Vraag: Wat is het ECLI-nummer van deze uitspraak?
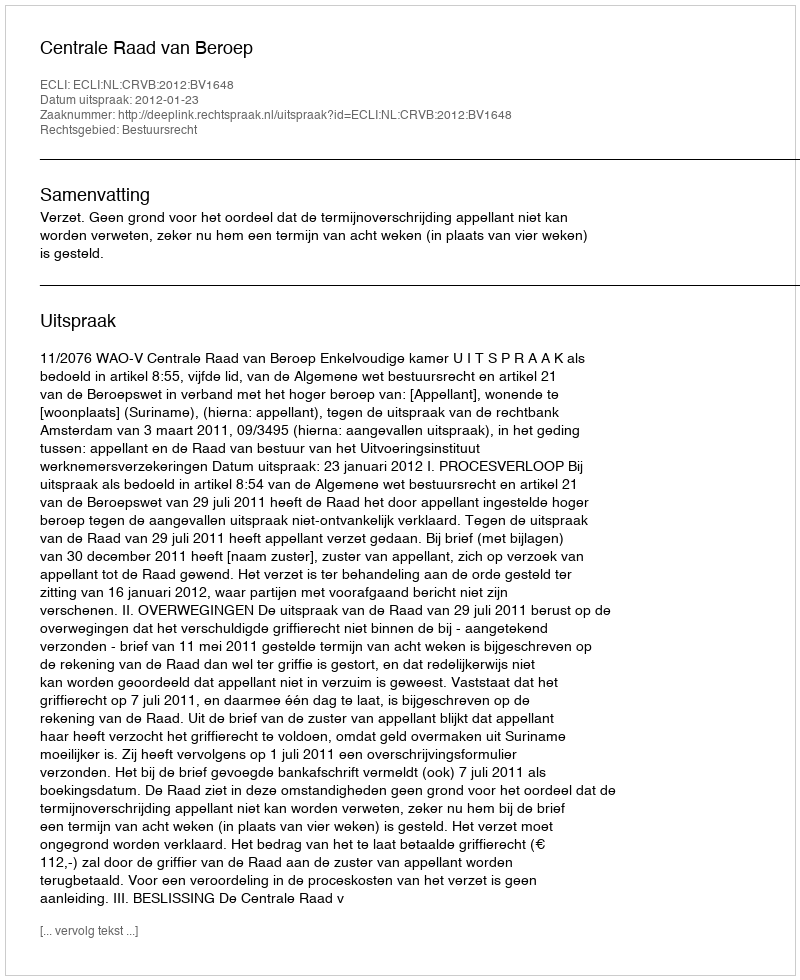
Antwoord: ECLI:NL:CRVB:2012:BV1648